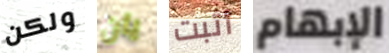
ولكن يان أثبت الإبهام